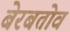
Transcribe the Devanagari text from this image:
बेरबतोव